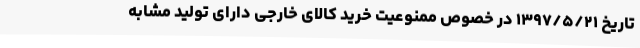
تاریخ ۱۳۹۷/۵/۲۱ در خصوص ممنوعیت خرید کالای خارجی دارای تولید مشابه